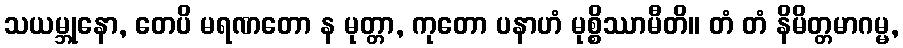
သယမ္ဘုနော, တေပိ မရဏတော န မုတ္တာ, ကုတော ပနာဟံ မုစ္စိဿာမီတိ။ တံ တံ နိမိတ္တမာဂမ္မ,